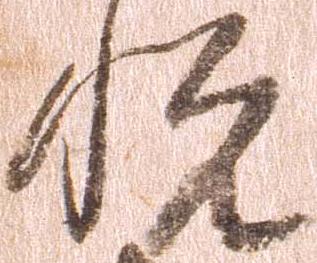
悦